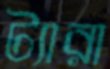
ট্যারা